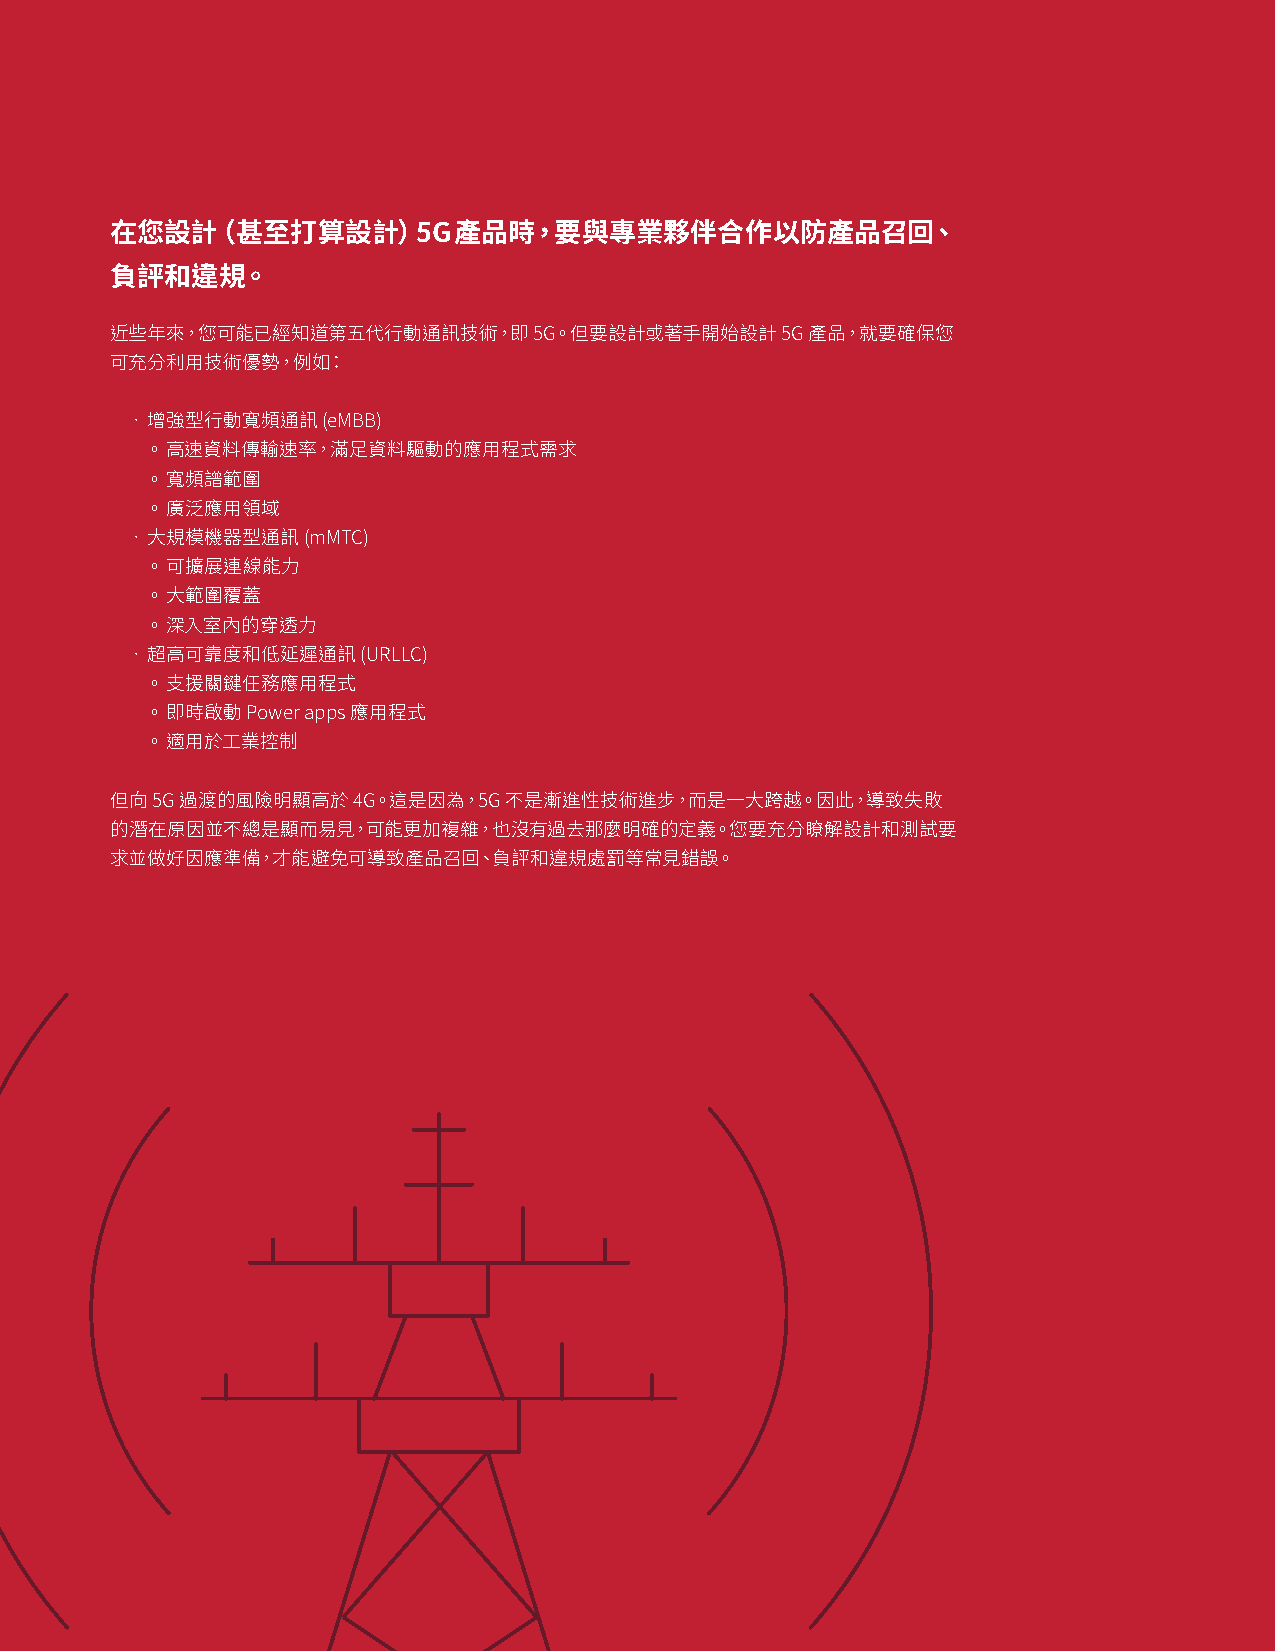
在您設計（甚至打算設計）5G         產品時，要與專業夥伴合作以防產品召回、
 負評和違規。
 近些年來，您可能已經知道第五代行動通訊技術，即     5G。但要設計或著手開始設計   5G 產品，就要確保您
 可充分利用技術優勢，例如：
 • 增強型行動寬頻通訊  (eMBB)
 ◦ 高速資料傳輸速率，滿足資料驅動的應用程式需求
 ◦ 寬頻譜範圍
 ◦ 廣泛應用領域
 • 大規模機器型通訊  (mMTC)
 ◦ 可擴展連線能力
 ◦ 大範圍覆蓋
 ◦ 深入室內的穿透力
 • 超高可靠度和低延遲通訊   (URLLC)
 ◦ 支援關鍵任務應用程式
 ◦ 即時啟動 Power apps 應用程式
 ◦ 適用於工業控制
 但向 5G 過渡的風險明顯高於 4G。這是因為，5G 不是漸進性技術進步，而是一大跨越。因此，導致失敗
 的潛在原因並不總是顯而易見，可能更加複雜，也沒有過去那麼明確的定義。您要充分瞭解設計和測試要
 求並做好因應準備，才能避免可導致產品召回、負評和違規處罰等常見錯誤。